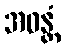
အဓန္တံ